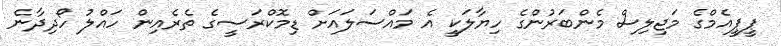
ޕީޕީއެމްގެ މަޖިލިސް މެންބަރުންގެ ހިޔާލަކީ އެ މައްސަލައަށް ޑިމޮކްރަސީގެ ތެރެއިން ހައްލު ހޯދިދާނެ